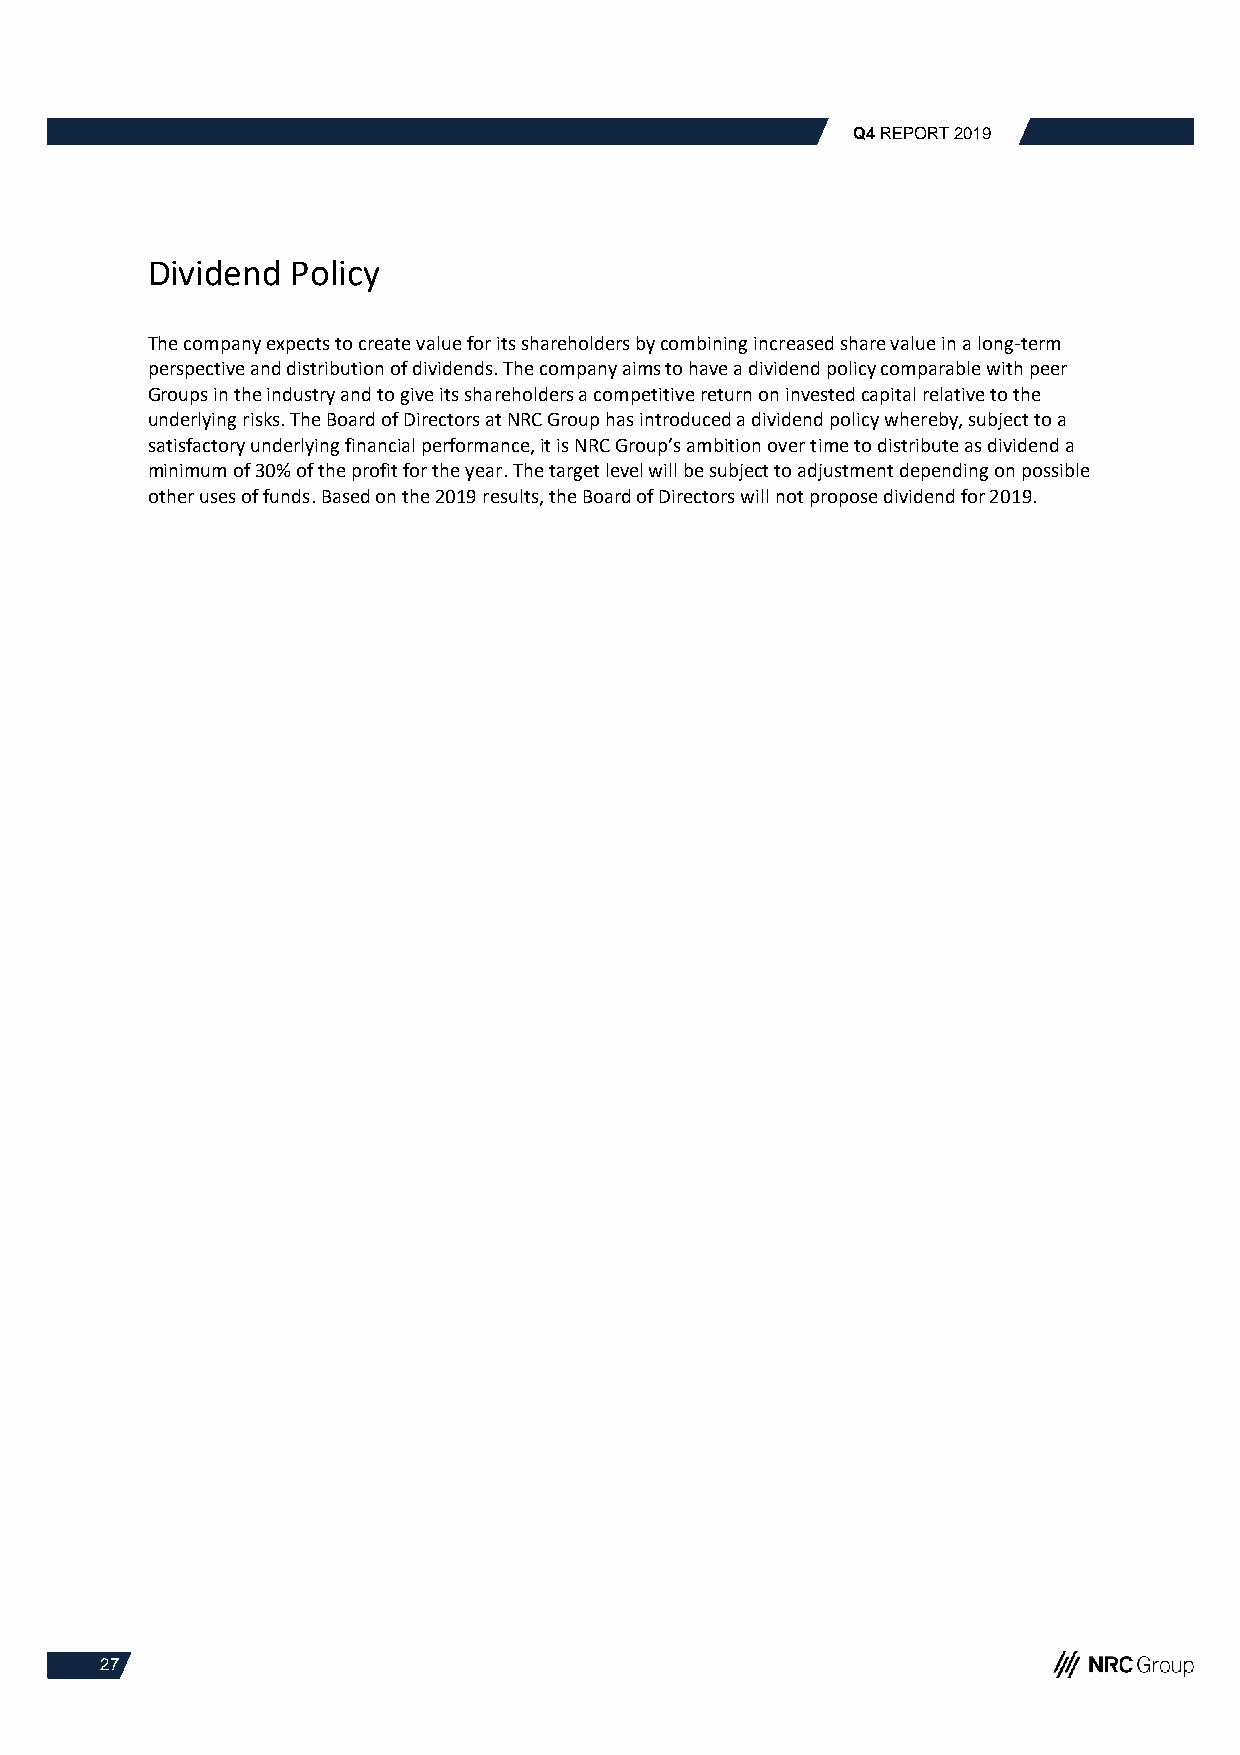
Q4 REPORT 2019
 Dividend Policy
 The company expects to create value for its shareholders by combining increased share value in a long-term
 perspective and distribution of dividends. The company aims to have a dividend policy comparable with peer
 Groups in the industry and to give its shareholders a competitive return on invested capital relative to the
 underlying risks. The Board of Directors at NRC Group has introduced a dividend policy whereby, subject to a
 satisfactory underlying financial performance, it is NRC Group’s ambition over time to distribute as dividend a
 minimum of 30% of the profit for the year. The target level will be subject to adjustment depending on possible
 other uses of funds. Based on the 2019 results, the Board of Directors will not propose dividend for 2019.
 27